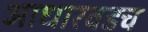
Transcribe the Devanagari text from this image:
आधारवडच